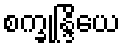
စက္ခုန္ဒြိယေ